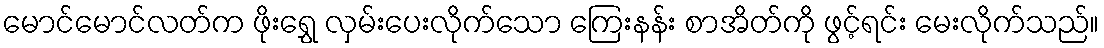
မောင်မောင်လတ်က ဖိုးရွှေ လှမ်းပေးလိုက်သော ကြေးနန်း စာအိတ်ကို ဖွင့်ရင်း မေးလိုက်သည်။